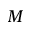
M